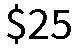
$25